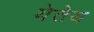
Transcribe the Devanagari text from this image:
येतेय